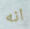
انه